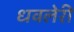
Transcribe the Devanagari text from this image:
धवलेरी